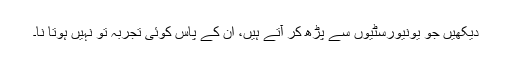
دیکھیں جو یونیورسٹیوں سے پڑھ کر آتے ہیں، ان کے پاس کوئی تجربہ تو نہیں ہوتا نا۔